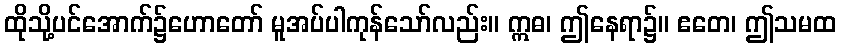
ထိုသို့ပင်အောက်၌ဟောတော် မူအပ်ပါကုန်သော်လည်း။ ဣဓ၊ ဤနေရာ၌။ ဧတေ၊ ဤသမထ